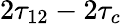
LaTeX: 2\tau_{12}-2\tau_{c}